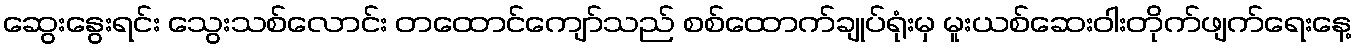
ဆွေးနွေးရင်း သွေးသစ်လောင်း တထောင်ကျော်သည် စစ်ထောက်ချုပ်ရုံးမှ မူးယစ်ဆေးဝါးတိုက်ဖျက်ရေးနေ့